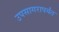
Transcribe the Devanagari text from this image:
उपसागरापर्यंत